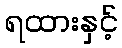
ရထားနှင့်